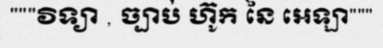
"""វិទ្យា , ច្បាប់ ហ៊ូក នៃ អេឡា"""